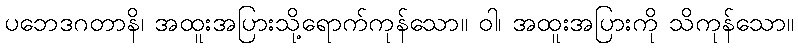
ပဘေဒဂတာနိ၊ အထူးအပြားသို့ရောက်ကုန်သော။ ဝါ၊ အထူးအပြားကို သိကုန်သော။